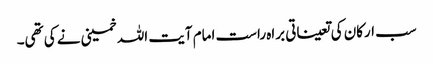
سب ارکان کی تعیناتی براہ راست امام آیت اللہ خمینی نے کی تھی۔